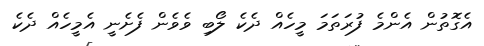
އެގޮތުން އެންމެ ފުރަތަމަ މީހެއް ދެކެ ލޯބި ވެވެން ފެށެނީ އެމީހެއް ދެކެ